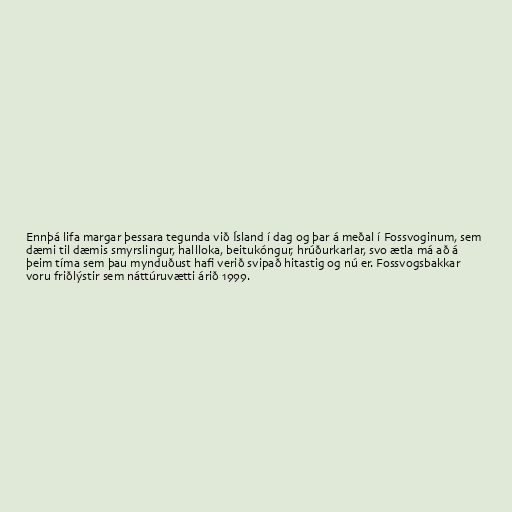
Ennþá lifa margar þessara tegunda við Ísland í dag og þar á meðal í Fossvoginum, sem
dæmi til dæmis smyrslingur, hallloka, beitukóngur, hrúðurkarlar, svo ætla má að á
þeim tíma sem þau mynduðust hafi verið svipað hitastig og nú er. Fossvogsbakkar
voru friðlýstir sem náttúruvætti árið 1999.